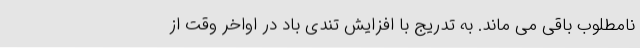
نامطلوب باقی می ماند. به تدریج با افزایش تندی باد در اواخر وقت از